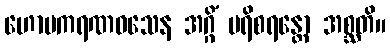
ဟောမကရဏဝသေန အဂ္ဂိံ ပရိစရန္တော အစ္ဆတိ။